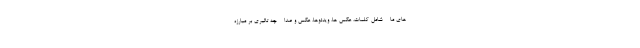
های ما - شامل کلمات، عکس ها، ویدئوها، عکس و صدا - چه تاثیری بر مبارزه